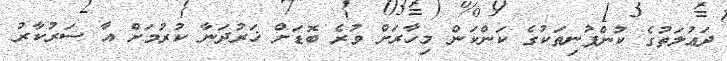
ދަޢުލަތުގެ ކުންފުނިތަކުގެ ކަންކަން މިހާރަށް ވުރެ ބޮޑަށް ޚަރުދަނާ ކުރުމަށް އާ ސަރުކާރު